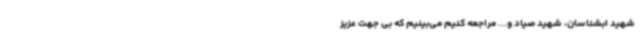
شهید ابشناسان، شهید صیاد و... مراجعه کنیم می‌بینیم که بی جهت عزیز